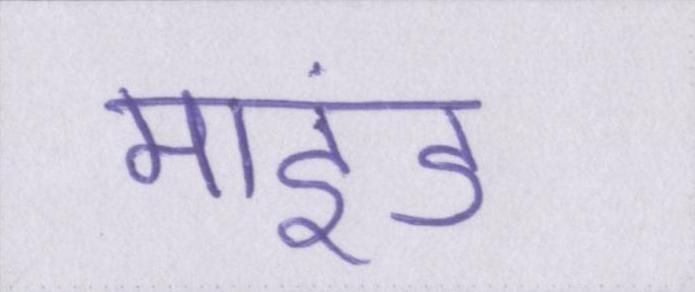
माइंड